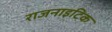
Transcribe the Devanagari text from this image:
राजनाइटिक